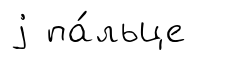
j па́льце